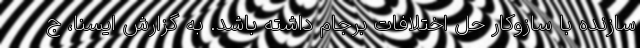
سازنده با سازوکار حل اختلافات برجام داشته باشد. به گزارش ایسنا، ج